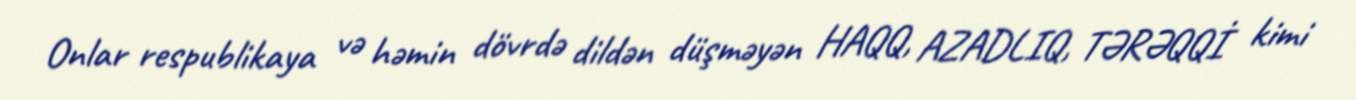
Onlar respublikaya və həmin dövrdə dildən düşməyən HAQQ, AZADLIQ, TƏRƏQQİ kimi